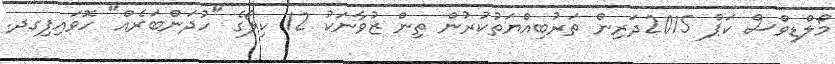
މޯލްޑިވްސް ކަޕް 2015ދަރިން ތަރުބިއްޔަތުކުރުން ތިން ޒުވާނަކު 12 ކިލޯގެ "ހުދަންބަރެއް" ހޮވައިފިގދ.